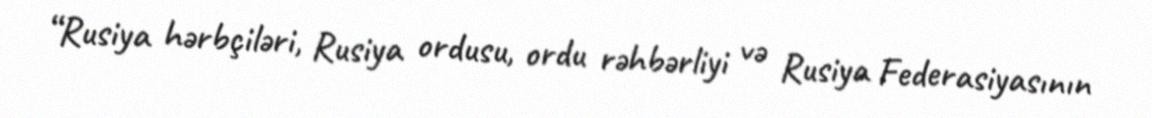
“Rusiya hərbçiləri, Rusiya ordusu, ordu rəhbərliyi və Rusiya Federasiyasının